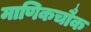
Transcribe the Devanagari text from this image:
माणिकचौक